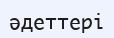
әдеттері